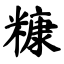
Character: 糠